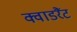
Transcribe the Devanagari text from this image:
क्वाडरैंट